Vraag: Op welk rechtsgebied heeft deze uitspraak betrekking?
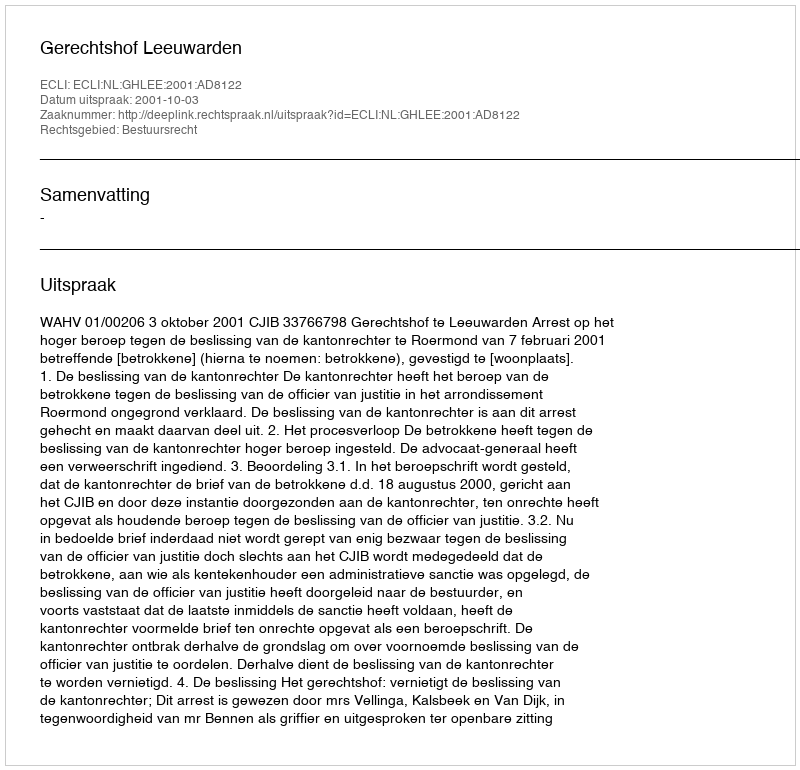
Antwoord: Bestuursrecht